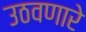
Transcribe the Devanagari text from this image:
उठवणारे